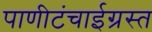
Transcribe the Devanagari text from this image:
पाणीटंचाईग्रस्त